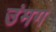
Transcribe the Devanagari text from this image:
उंमग